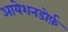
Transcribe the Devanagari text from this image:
आयेशनडोर्फ़